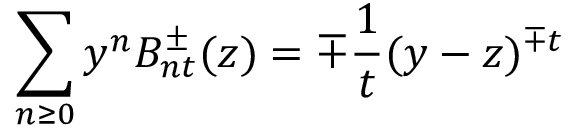
\sum _ { n \geq 0 } y ^ { n } B _ { n t } ^ { \pm } ( z ) = \mp { \frac { 1 } { t } } ( y - z ) ^ { \mp t }